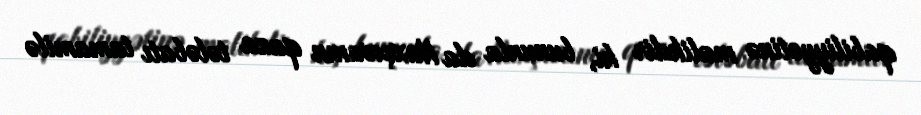
qabiliyyətinə malikdir ki, bununla da Naxçıvanın qaza tələbatı tamamilə